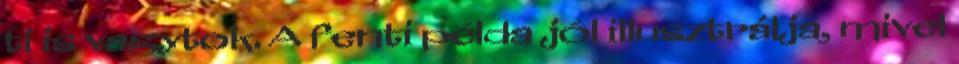
ti is vagytok. A fenti példa jól illusztrálja, mivel